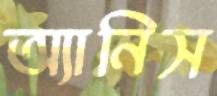
অ্যানিস